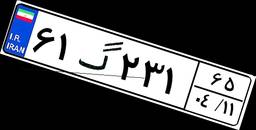
۴۴گ۸۱۹۹۶